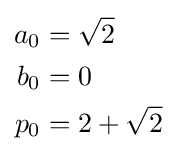
{\begin{aligned}a_{0}&={\sqrt {2}}\\b_{0}&=0\\p_{0}&=2+{\sqrt {2}}\end{aligned}}